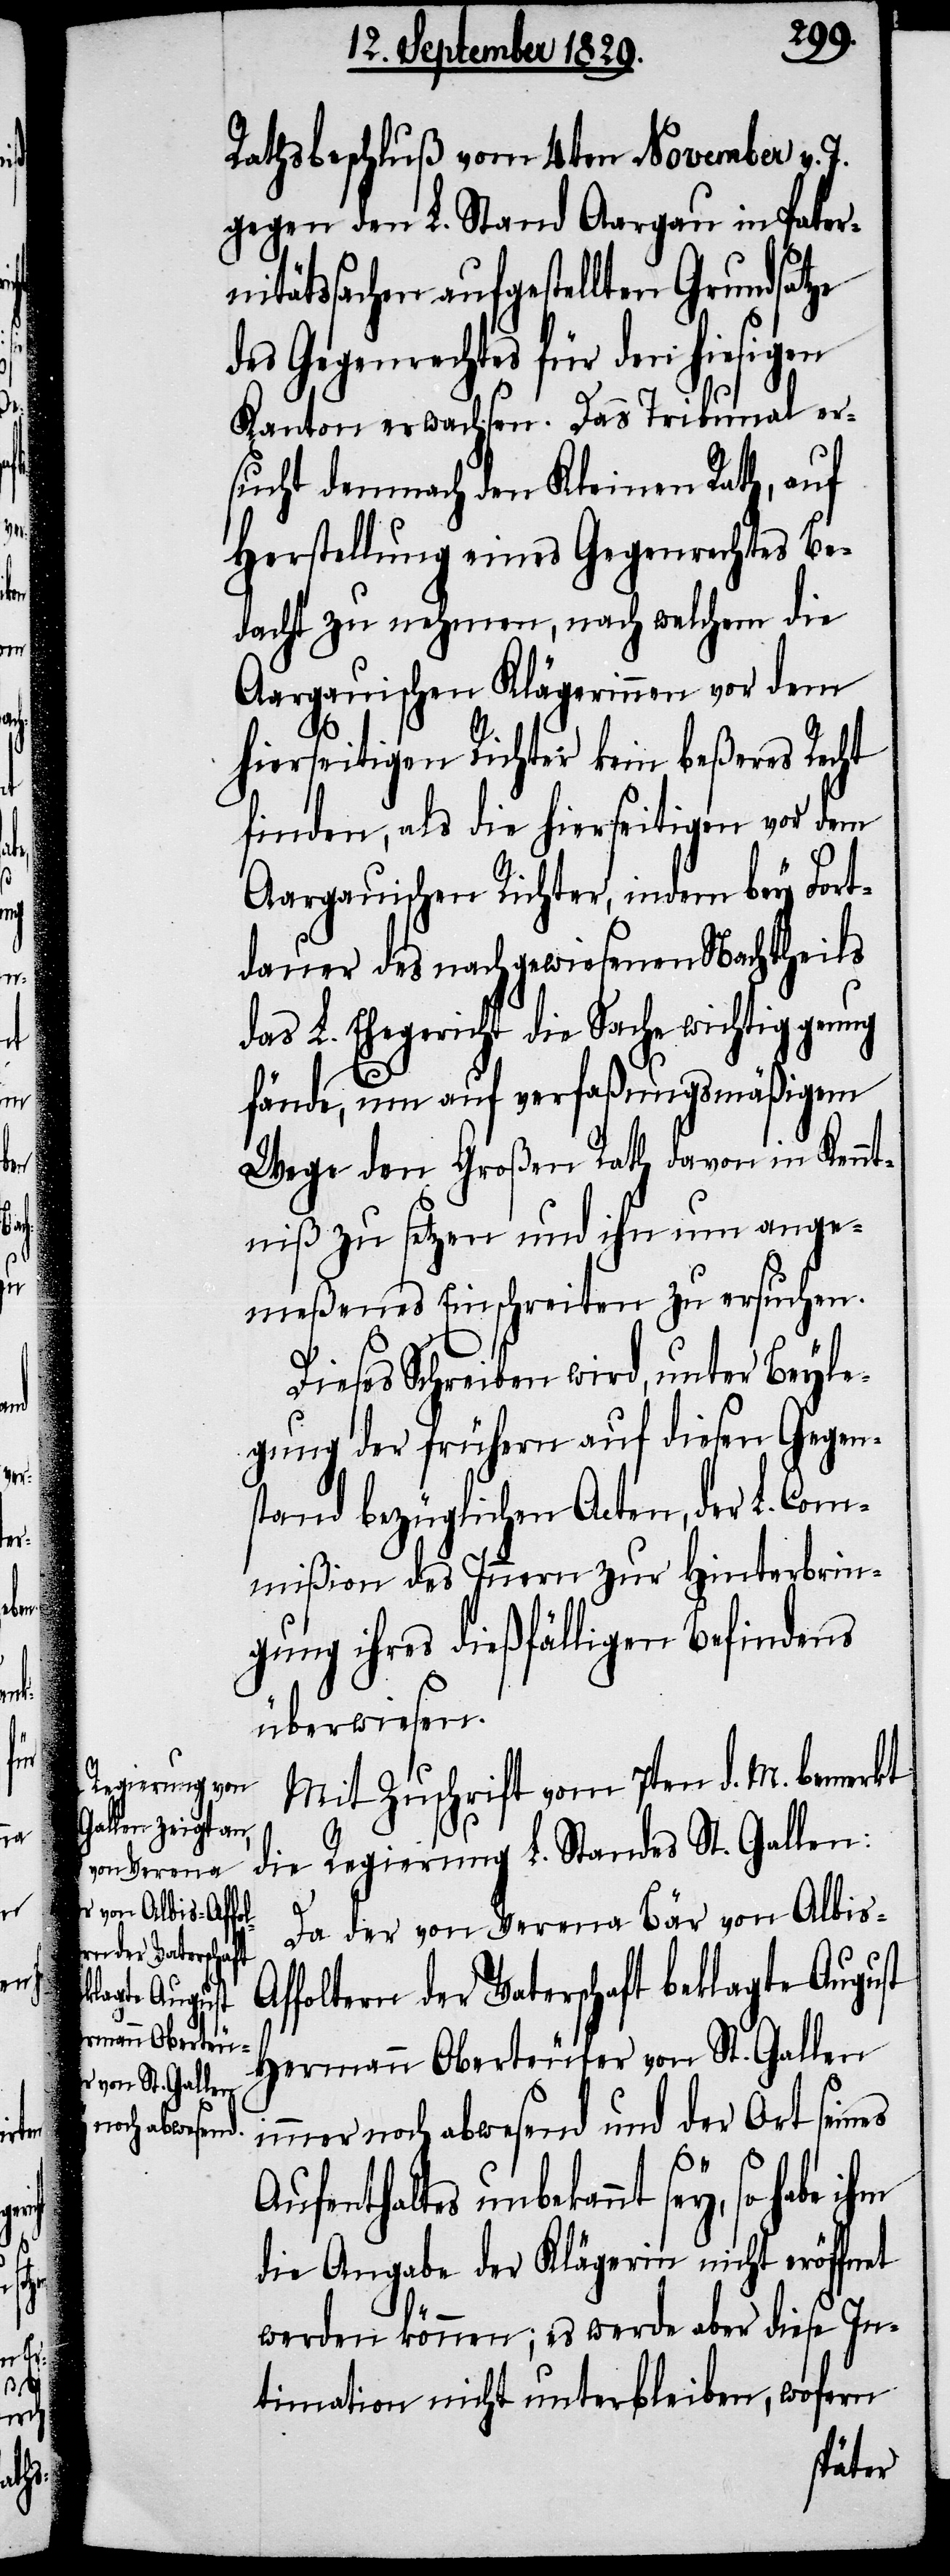
Rathsbeschluß vom 4ten November v. J.
gegen den L. Stand Aargau in Pater¬
nitätssachen aufgestellten Grundsatze
des Gegenrechtes für den hiesigen
Kanton erwachsen. Das Tribunal er¬
sucht demnach den Kleinen Rath, auf
Herstellung eines Gegenrechtes Be¬
dacht zu nehmen, nach welchem die
Aargauische Klägerinnen vor dem
hierseitigen Richter kein beßeres Recht
finden, als die hierseitigen vor dem
Aargauischen Richter, indem bey Fort¬
dauer des nachgewiesenen Nachtheils
das L. Ehegericht die Sache wichtig genug
fände, um auf verfaßungsmäßigem
Wege den Großen Rath davon in Kennt¬
niß zu setzen und ihn um ange¬
meßenes Einschreiten zu ersuchen.
Dieses Schreiben wird, unter Beyle¬
gung der frühern auf diesen Gegen¬
stand bezüglichen Acten, der L. Com¬
mißion des Innern zur Hinterbrin¬
gung ihres dießfälligen Befindens
überwiesen.
Mit Zuschrift vom 7ten d. M. bemerkt
die Regierung L. Standes St. Gallen:
Da der von Verena Bär von Albis-A¬
ffoltern der Vaterschaft beklagte August
Hermann Oberteufer von St. Gallen
immer noch abwesend und der Ort seines
Aufenthalts unbekannt sey, so habe
die Angabe der Klägerin nicht eröffnet
werden können; es werde aber diese In¬
timation nicht unterbleiben, wofern